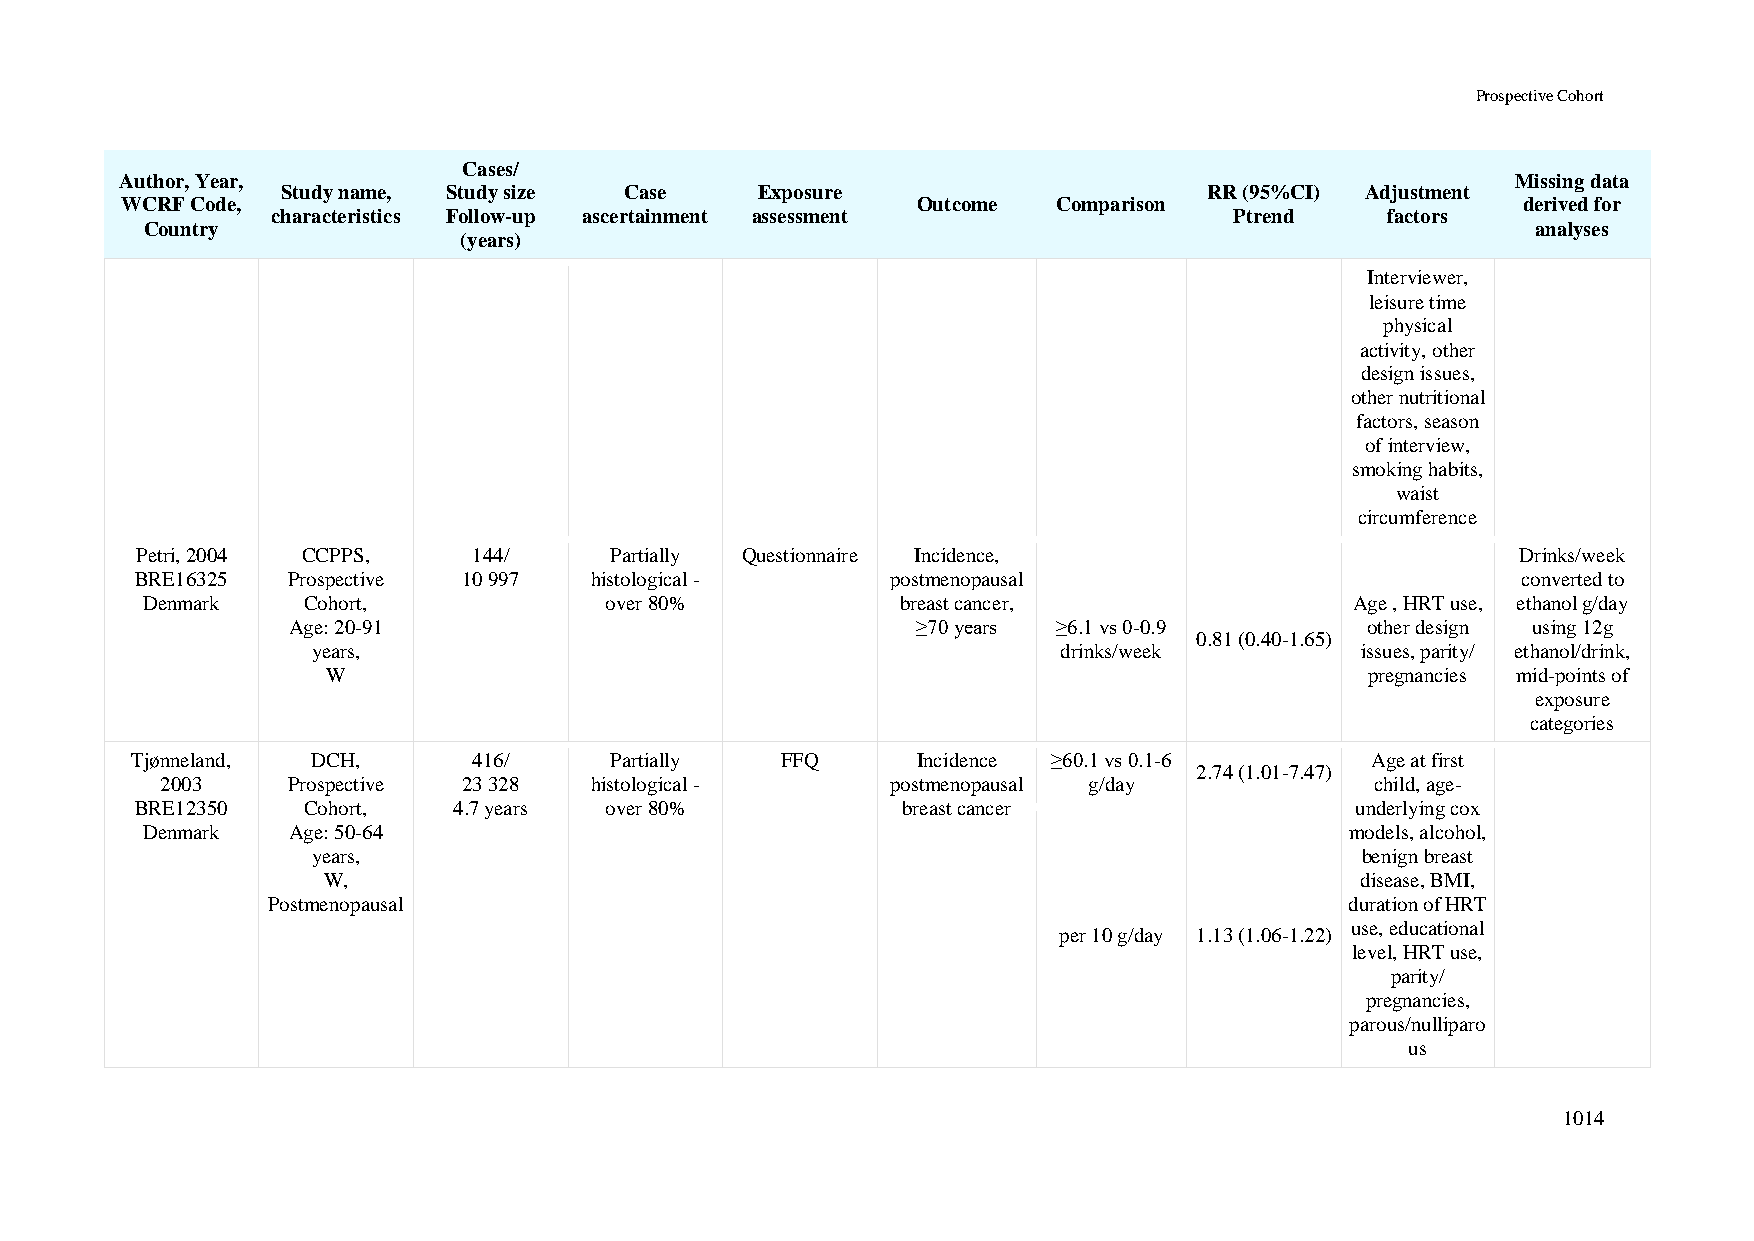
Prospective Cohort
 Cases/
 Author, Year,                                                                               Missing data
 Study name, Study size Case    Exposure                      RR (95%CI) Adjustment
 WCRF Code,                                           Outcome  Comparison                     derived for
 characteristics Follow-up ascertainment assessment              Ptrend    factors
 Country                                                                                     analyses
 (years)
 Interviewer,
 leisure time
 physical
 activity, other
 design issues,
 other nutritional
 factors, season
 of interview,
 smoking habits,
 waist
 circumference
 Petri, 2004 CCPPS,    144/     Partially Questionnaire Incidence,                           Drinks/week
 BRE16325  Prospective 10 997  histological -      postmenopausal                            converted to
 Denmark    Cohort,             over 80%            breast cancer,                Age , HRT use, ethanol g/day
 Age: 20-91                                ≥70 years ≥6.1 vs 0-0.9      other design using 12g
 0.81 (0.40-1.65)
 years,                                           drinks/week         issues, parity/ ethanol/drink,
 W                                                                    pregnancies mid-points of
 exposure
 categories
 Tjønneland, DCH,      416/     Partially   FFQ      Incidence ≥60.1 vs 0.1-6      Age at first
 2.74 (1.01-7.47)
 2003    Prospective 23 328  histological -      postmenopausal g/day            child, age-
 BRE12350   Cohort,   4.7 years over 80%            breast cancer                 underlying cox
 Denmark   Age: 50-64                                                            models, alcohol,
 years,                                                               benign breast
 W,                                                                   disease, BMI,
 Postmenopausal                                                         duration of HRT
 use, educational
 per 10 g/day 1.13 (1.06-1.22)
 level, HRT use,
 parity/
 pregnancies,
 parous/nulliparo
 us
 1014